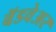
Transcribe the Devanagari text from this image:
बॅडवेअर